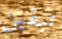
تبقين